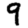
Digit: 9